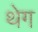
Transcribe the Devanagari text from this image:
थेग